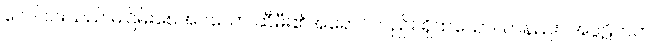
လေပြင်းသည် မငြိမ်းစေအပ်သော ဆီမီး၏အရောင်လည်း ရှိထသော။ တနည်း။ အပ္ပဋိဟတ